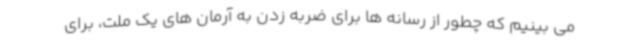
می بینیم که چطور از رسانه ها برای ضربه زدن به آرمان های یک ملت، برای